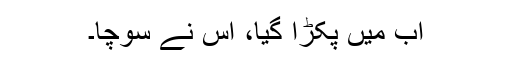
اب میں پکڑا گیا، اس نے سوچا۔